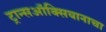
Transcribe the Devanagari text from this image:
ट्रान्सऑक्सियानाचा